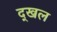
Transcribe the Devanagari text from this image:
द्खल